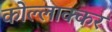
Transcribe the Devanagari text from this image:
कोल्लाक्कर